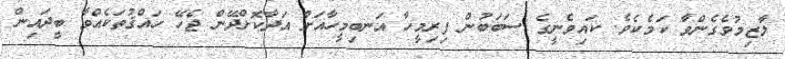
ލާޒިމުވެގެންވާ ކަމެކެވެ. ކައިވެނީގެ ސަބަބުން ފިރިމީހާ އަނބިމީހާއަށް އަދާކޮށްދޭން ޖެހޭ ހައްޤުތަކެއްވާ ބީދައިން